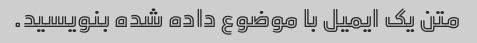
متن یک ایمیل با موضوع داده شده بنویسید.